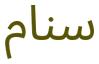
سنام